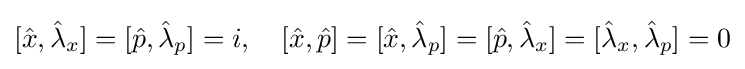
[{\hat {x}},{\hat {\lambda }}_{x}]=[{\hat {p}},{\hat {\lambda }}_{p}]=i,\quad [{\hat {x}},{\hat {p}}]=[{\hat {x}},{\hat {\lambda }}_{p}]=[{\hat {p}},{\hat {\lambda }}_{x}]=[{\hat {\lambda }}_{x},{\hat {\lambda }}_{p}]=0